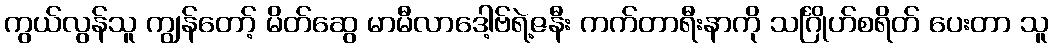
ကွယ်လွန်သူ ကျွန်တော့် မိတ်ဆွေ မာမီလာဒေါ့ဗ်ရဲ့ဇနီး ကက်တာရီးနာကို သင်္ဂြိုဟ်စရိတ် ပေးတာ သူ